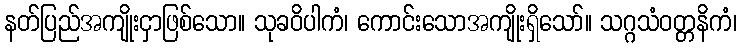
နတ်ပြည်အကျိုးငှာဖြစ်သော။ သုခဝိပါကံ၊ ကောင်းသောအကျိုးရှိသော်။ သဂ္ဂသံဝတ္တနိကံ၊